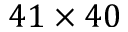
4 1 \times 4 0